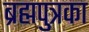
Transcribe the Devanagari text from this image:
ब्रह्मपुत्रका